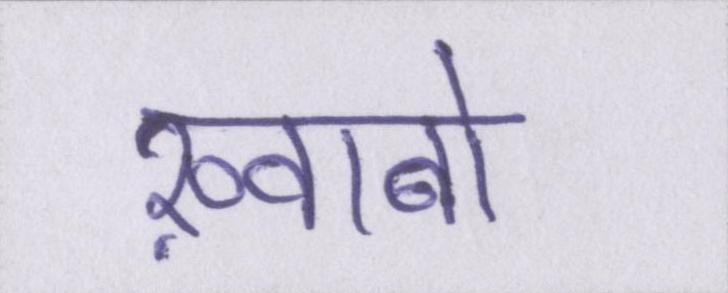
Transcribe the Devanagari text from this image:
ख़्वाबों